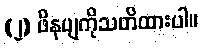
(၂) ဖိနပျကိုသတိထားပါ။